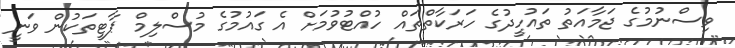
ވިސްނުމުގެ ޖަމާއަތު ތައުހީދުގެ ހަރަކާތްތައް ހުއްޓުވުމަށް އެ ގައުމުގެ މުސްލިމް ޕާޓީތަކުން ވަނީ